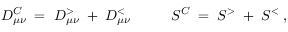
D _ { \mu \nu } ^ { C } \; = \; D _ { \mu \nu } ^ { > } \; + \; D _ { \mu \nu } ^ { < } \; \; \; \; \; \; \; \; \; \; S ^ { C } \; = \; S ^ { > } \; + \; S ^ { < } \; ,